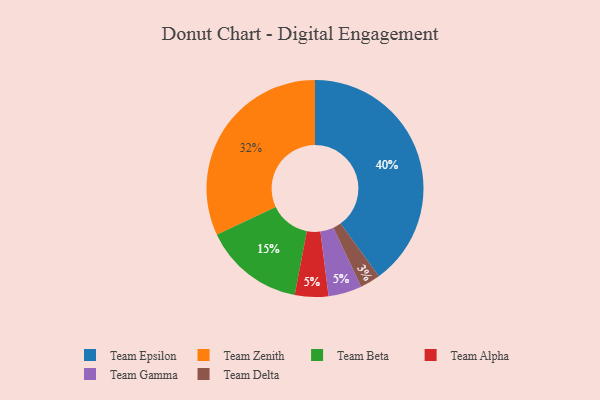
{"axis": {"x": "Category", "y": "Percentage"}, "legend": ["Team Alpha", "Team Beta", "Team Delta", "Team Epsilon", "Team Gamma", "Team Zenith"], "data": [{"x": "Team Beta", "y": 15, "type": "Team Beta"}, {"x": "Team Delta", "y": 3, "type": "Team Delta"}, {"x": "Team Alpha", "y": 5, "type": "Team Alpha"}, {"x": "Team Zenith", "y": 32, "type": "Team Zenith"}, {"x": "Team Epsilon", "y": 40, "type": "Team Epsilon"}, {"x": "Team Gamma", "y": 5, "type": "Team Gamma"}]}